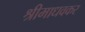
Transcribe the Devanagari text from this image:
श्रीमाधवकर